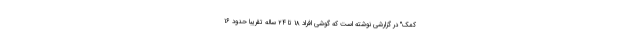
کمک" در گزارشی نوشته است که گوشی افراد ۱۸ تا ۲۴ ساله تقریبا حدود ۱۶